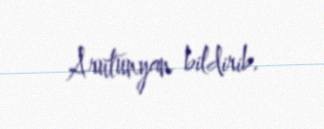
Arutunyan bildirib.